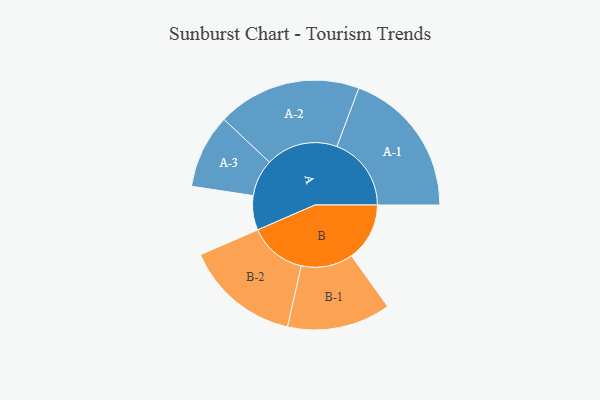
{"axis": {"x": "Segment", "y": "Value"}, "legend": ["", "A", "B"], "data": [{"x": "A", "y": 117, "type": ""}, {"x": "B", "y": 198, "type": ""}, {"x": "A-1", "y": 253, "type": "A"}, {"x": "A-2", "y": 245, "type": "A"}, {"x": "A-3", "y": 126, "type": "A"}, {"x": "B-1", "y": 176, "type": "B"}, {"x": "B-2", "y": 196, "type": "B"}]}